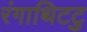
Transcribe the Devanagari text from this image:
रंगाथिटटु